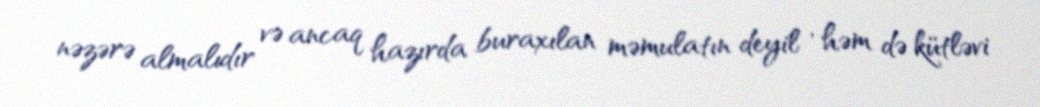
nəzərə almalıdır və ancaq hazırda buraxılan məmulatın deyil , həm də kütləvi